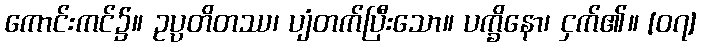
ကောင်းကင်၌။ ဥပ္ပတိတဿ၊ ပျံတက်ပြီးသော။ ပက္ခိနော၊ ငှက်၏။ [၀၇]